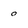
Character: 0